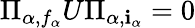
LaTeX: \Pi_{\alpha,f_{\alpha}}U\Pi_{\alpha,\mathbf{i}_{\alpha}}=0